Annual report of the Madras Medical College
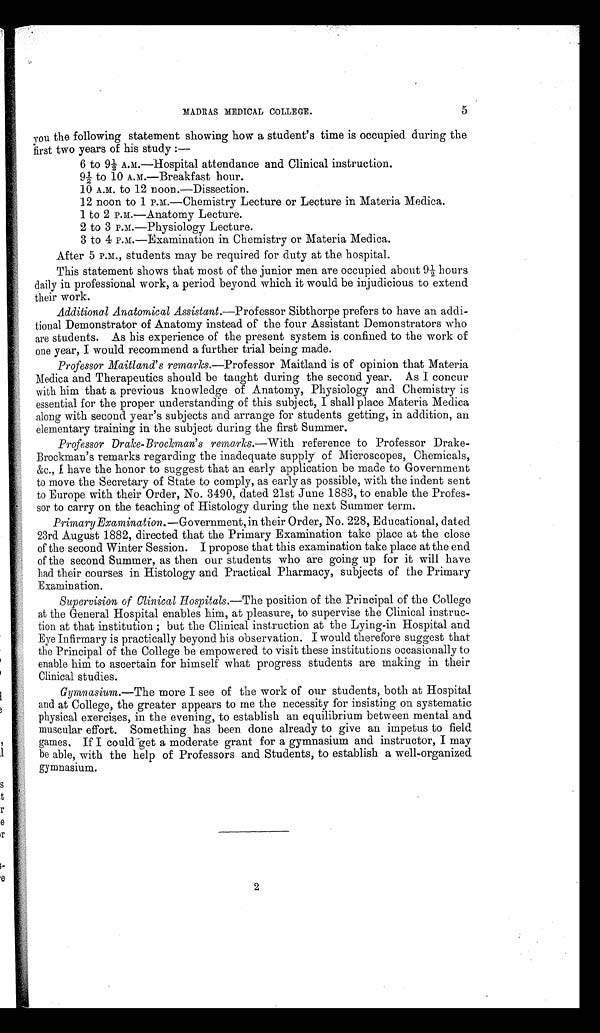
r
r
MADRAS MEDICAL COLLEGE.
5
you the following statement showing how a student's time is occupied during the
first two years of his study :
—
6 to 9½A.m.—Hospital attendance and Clinical instruction.
9½ to 10 A.m.—Breakfast hour.
10 A.M. to 12 noon.—Dissection.
12 noon to 1 P.M.—Chemistry Lecture or Lecture in Materia Medica.
1 to 2 P.M.—Anatomy Lecture.
2 to 3 P.M.—Physiology Lecture.
3 to 4 P.M.—Examination in Chemistry or Materia Medica.
After 5 P.M., students may be required for duty at the hospital.
This statement shows that most of the junior men are occupied about 9½ hours
daily in professional work, a period beyond which it would be injudicious to extend
their work.
Additional Anatomical Assistant .—Professor Sibthorpe prefers to have an addi-
tional Demonstrator of Anatomy instead of the four Assistant Demonstrators who
are students. As his experience of the present system is confined to the work of
one year, I would recommend a further trial being made.
Professor Maitland's remarks .—Professor Maitland is of opinion that Materia
Medica and Therapeutics should be taught during the second year. As I concur
with him that a previous knowledge of Anatomy, Physiology and Chemistry is
essential for the proper understanding of this subject, I shall place Materia Medica
along with second year's subjects and arrange for students getting, in addition, an
elementary training in the subject during the first Summer.
Professor Drake-Brockman's remarks.— With reference to Professor Drake--
Brockman's remarks regarding the inadequate supply of Microscopes, Chemicals,
&c., I have the honor to suggest that an early application be made to Government
to move the Secretary of State to comply, as early as possible, with the indent sent
to Europe with their Order, No. 3490, dated 21st June 1883, to enable the Profes-
- s o r t o c a r r y o n t h e t e a c h i n g o f H i s t o l o g y d u r i n g t h e n e x t S u m m e r t e r m .
Primary Examination.— Government, in their Order, No. 228, Educational, dated
23rd August 1882, directed that the Primary Examination take place at the close
of the second Winter Session. I propose that this examination take place at the end
of the second Summer, as then our students who are going up for it will have
had their courses in Histology and Practical Pharmacy, subjects of the Primary
Examination.
Supervision of Clinical Hospitals.— The position of the Principal of the College
at the General Hospital enables him, at pleasure, to supervise the Clinical instruc--
tion at that institution ; but the Clinical instruction at the Lying-in Hospital and
Eye Infirmary is practically beyond his observation. I would therefore suggest that
the Principal of the College be empowered to visit these institutions occasionally to
enable him to ascertain for himself what progress students are making in their
Clinical studies.
Gymnasium. —The more I see of the work of our students, both at Hospital
and at College, the greater appears to me the necessity for insisting on systematic
physical exercises, in the evening, to establish an equilibrium between mental and
muscular effort. Something has been done already to give an impetus to field
games. If I could-get a moderate grant for a gymnasium and instructor, I may
be able, with the help of Professors and Students, to establish a well-organized
gymnasium.
2